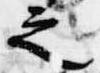
之